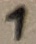
Text: 1